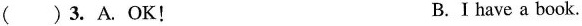
()3.A.OK！ B.Ihave a book.